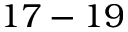
1 7 - 1 9